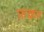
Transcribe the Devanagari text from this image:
फ़क़र